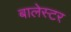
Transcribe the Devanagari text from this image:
बालेस्टर